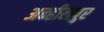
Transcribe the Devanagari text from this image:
अन्हीलपुर